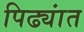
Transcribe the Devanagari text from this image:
पिढ्यांत